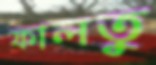
ফালতু